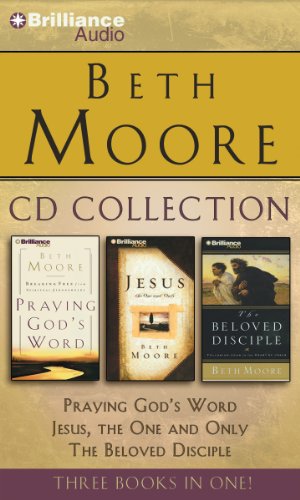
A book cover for Beth Moore CD Collection: Praying God's Word, Jesus, the One and Only, The Beloved Disciple; Beth Moore; Christian Books & Bibles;